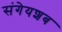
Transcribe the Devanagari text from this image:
संगेयशब